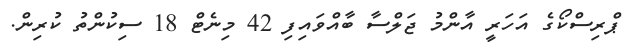
ޕްރިސްކޯގެ އަހަރީ އާންމު ޖަލްސާ ބާއްވައިފި 42 މިނެޓް 18 ސިކުންތު ކުރިން.